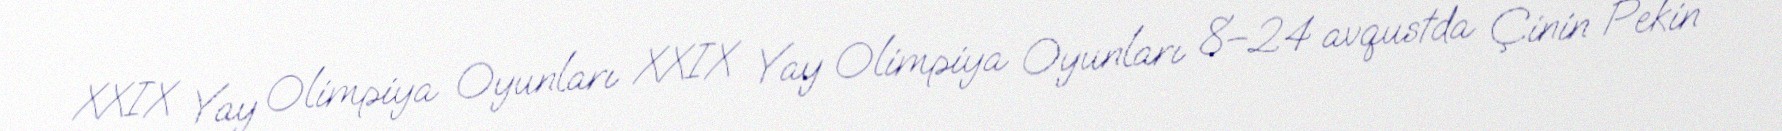
XXIX Yay Olimpiya Oyunları XXIX Yay Olimpiya Oyunları 8–24 avqustda Çinin Pekin